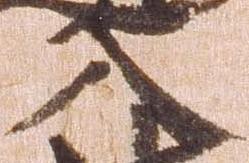
入